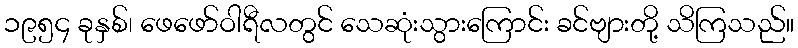
၁၉၅၄ ခုနှစ်၊ ဖေဖော်ဝါရီလတွင် သေဆုံးသွားကြောင်း ခင်ဗျားတို့ သိကြသည်။